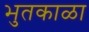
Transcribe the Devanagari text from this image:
भुतकाळा